Black-water fever - Number 35
Disease focus: Fever
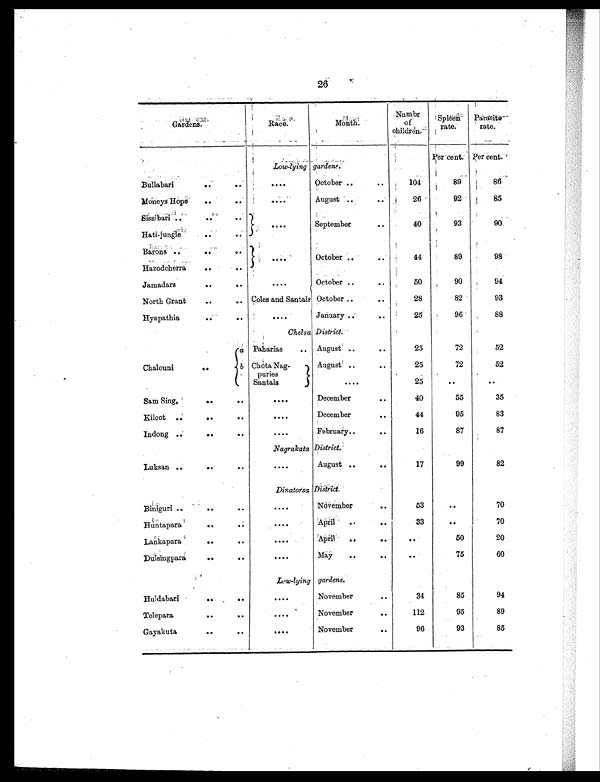
26
Gardens.
Race.
Mo n t h .
Numbr
of
children.
Spleen
rate.
Parasite
rate.
Per cent. Per cent.
Low-lying gardens.
Bullabari
..
..
. . . . October ..
. .
104
89
86
Moneys Hope
..
..
. . . . August ..
. .
26
92
85
Sissibari
.
.
. .
..
....
September
. .
40
93
90
Hati-jungle
..
. .
Barons ..
..
..
....
October ..
. .
44
89
98
Hazodcherra
. .
..
Jamadars
..
..
. . . .
October ..
. .
50
90
94
North Grant
..
.. Coles and Santals October ..
. .
28
82
93
Hyapathia
..
. .
. . . .
January ..
. .
25
96
88
Chelsa District.
Chalouni
..
a
Paharias ..
August ..
..
25
72
52
b Chota Nag-
puries
August ..
. .
25
72
52
Santals
. . . .
25
. .
. .
Sam Sing,
..
. .
. . . . December
. .
40
55
35
K i l c o t
..
..
. .
. . . . December
. .
44
95
83
Indong ..
..
. .
....
February.. ..
..
16
87
87
Nagrakata District.
Luksan ..
..
..
. . . .August
..
. .
17
99
82
Dinatorsa District.
Biniguri ..
..
. .
. . . .
November
. .
53
. .
70
Huntapara
..
. .
. . . .
April
..
. .
33
. .
70
Lankapara
..
. .
. . . . April
..
..
. .
50
20
Dulsingpara
..
..
. . . .
May
..
. .
. .
75
60
Low-lying gardens.
Huldabari
..
. .
. . . . November
. .
34
85
94
Telepara
..
. .
. . . . November
. .
112
95
89
Gayakuta
..
. .
. . . .November
. .
96
93
85